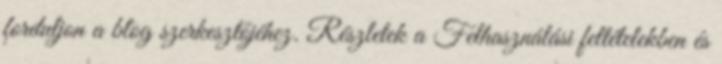
forduljon a blog szerkesztőjéhez. Részletek a Felhasználási feltételekben és